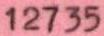
12735